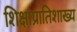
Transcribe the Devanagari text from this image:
शिक्षाप्रातिशाख्य